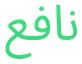
نافع